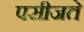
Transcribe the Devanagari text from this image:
पसीजते